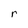
Character: r